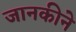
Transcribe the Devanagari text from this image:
जानकीने